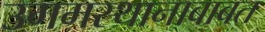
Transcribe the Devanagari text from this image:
उगमस्थानाबाबत